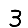
Digit: 3